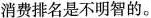
消费排名是不明智的。